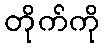
တိုက်ကို